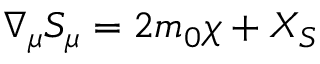
\nabla _ { \mu } S _ { \mu } = 2 m _ { 0 } \chi + X _ { S } \nonumber